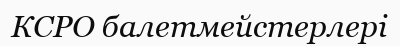
КСРО балетмейстерлері